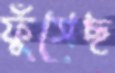
ফুঁসেছ